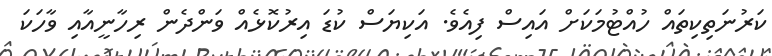
ކަރުނަތިކިތައް ހުއްޓުމަކަށް އައިސް ފިއެވެ. އަކިޔަސް ކުޑަ އިރުކޮޅެއް ވަންދެން ރިހާނީއާއި ވާހަކަ